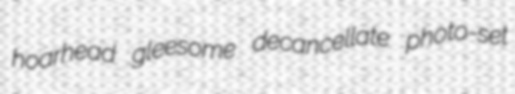
hoarhead gleesome decancellate photo-set